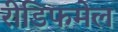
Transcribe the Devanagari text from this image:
रीडिफमेल